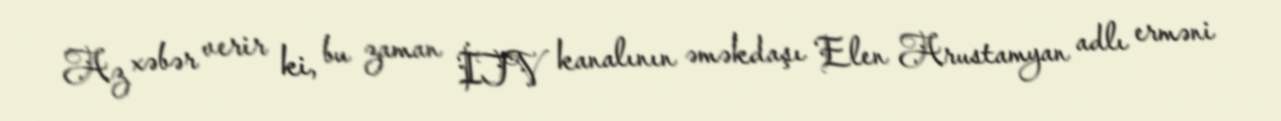
Az xəbər verir ki, bu zaman İTV kanalının əməkdaşı Elen Arustamyan adlı erməni